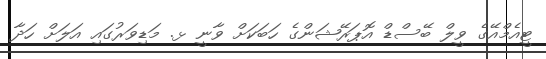
ޓީއެމްއޭގެ ވީލް ބޭސްޑް އޮޕަރޭޝަންގެ ހަބަކަށް ވާނީ ޅ. މަޑިވަރުގައި އަލަށް ހަދާ